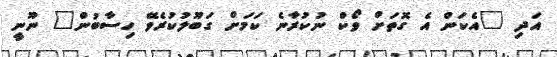
އަދި "އެކަން އެ ގޮތަށް ވޯކް ނުކުރާނެ ކަމަށް ގަބޫލުކުރެވޭ ހިސާބުން" ނޫނީ